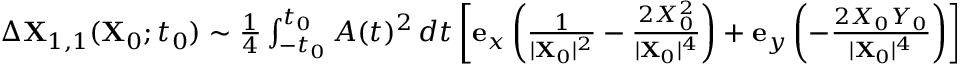
\begin{array} { r } { \Delta \mathbf { X } _ { 1 , 1 } ( \mathbf { X } _ { 0 } ; t _ { 0 } ) \sim \frac { 1 } { 4 } \int _ { - t _ { 0 } } ^ { t _ { 0 } } A ( t ) ^ { 2 } \, d t \left[ \mathbf { e } _ { x } \left( \frac { 1 } { \vert \mathbf { X } _ { 0 } \vert ^ { 2 } } - \frac { 2 X _ { 0 } ^ { 2 } } { \vert \mathbf { X } _ { 0 } \vert ^ { 4 } } \right) + \mathbf { e } _ { y } \left( - \frac { 2 X _ { 0 } Y _ { 0 } } { \vert \mathbf { X } _ { 0 } \vert ^ { 4 } } \right) \right] . } \end{array}